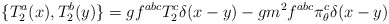
\begin{align*}\{T_2^a(x), T_2^b(y)\} = g f^{abc}T_2^c\delta(x-y) -gm^2f^{abc}\pi_\theta^c\delta(x-y) \end{align*}